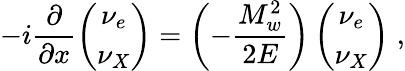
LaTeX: -i\frac{\partial}{\partial x}\left(\begin{array}{c}{{{\nu_{e}}}}\\ {{{\nu_{X}}}}\end{array}\right)=\left(-\frac{M_{w}^{2}}{2E}\right)\left(\begin{array}{c}{{{\nu_{e}}}}\\ {{{\nu_{X}}}}\end{array}\right)\; ,